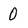
Character: 0